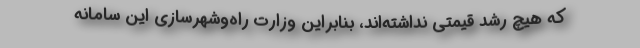
که هیچ رشد قیمتی نداشته‌اند، بنابراین وزارت راه‌وشهرسازی این سامانه